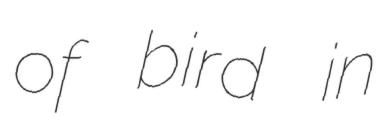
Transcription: of bird in